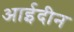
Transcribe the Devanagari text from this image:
आईदीन